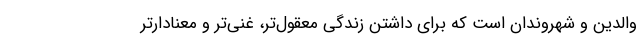
والدین و شهروندان است که برای داشتن زندگی معقول‌تر، غنی‌تر و معنادارتر